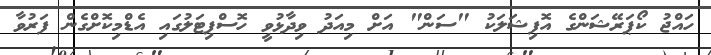
ހައްޖު ކޯޕަރޭޝަންގެ އޮފިޝަލަކު "ސަން" އަށް މިއަދު ވިދާޅުވީ ހޮސްޕިޓަލުގައި އެޑްމިކޮށްގެން ފަރުވާ